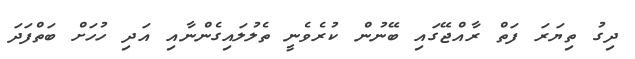
ދިގު ތިޔަރަ ފަތް ރާއްޖޭގައި ބޭނުން ކުރެވެނީ ތެލުލައިގެންނާއި އަދި ހުހަށް ބަތްފަދަ